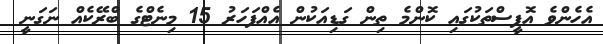
އެހެންވެ އޮފީސްތަކުގައި ކޮންމެ ތިން ގަޑިއަކުން އެއްފަހަރު 15 މިނެޓްގެ ބްރޭކެއް ނަގަނީ